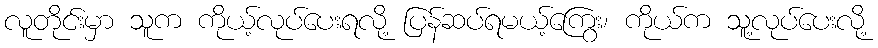
လူတိုင်းမှာ သူက ကိုယ့်လုပ်ပေးရလို့ ပြန်ဆပ်ရမယ့်ကြွေး၊ ကိုယ်က သူ့လုပ်ပေးလို့